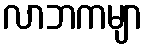
လာဘကမျာ